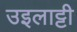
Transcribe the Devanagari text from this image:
उइलाट्टी